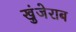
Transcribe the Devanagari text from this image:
खुंजेराब